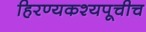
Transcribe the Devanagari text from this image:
हिरण्यकश्यपूचीच